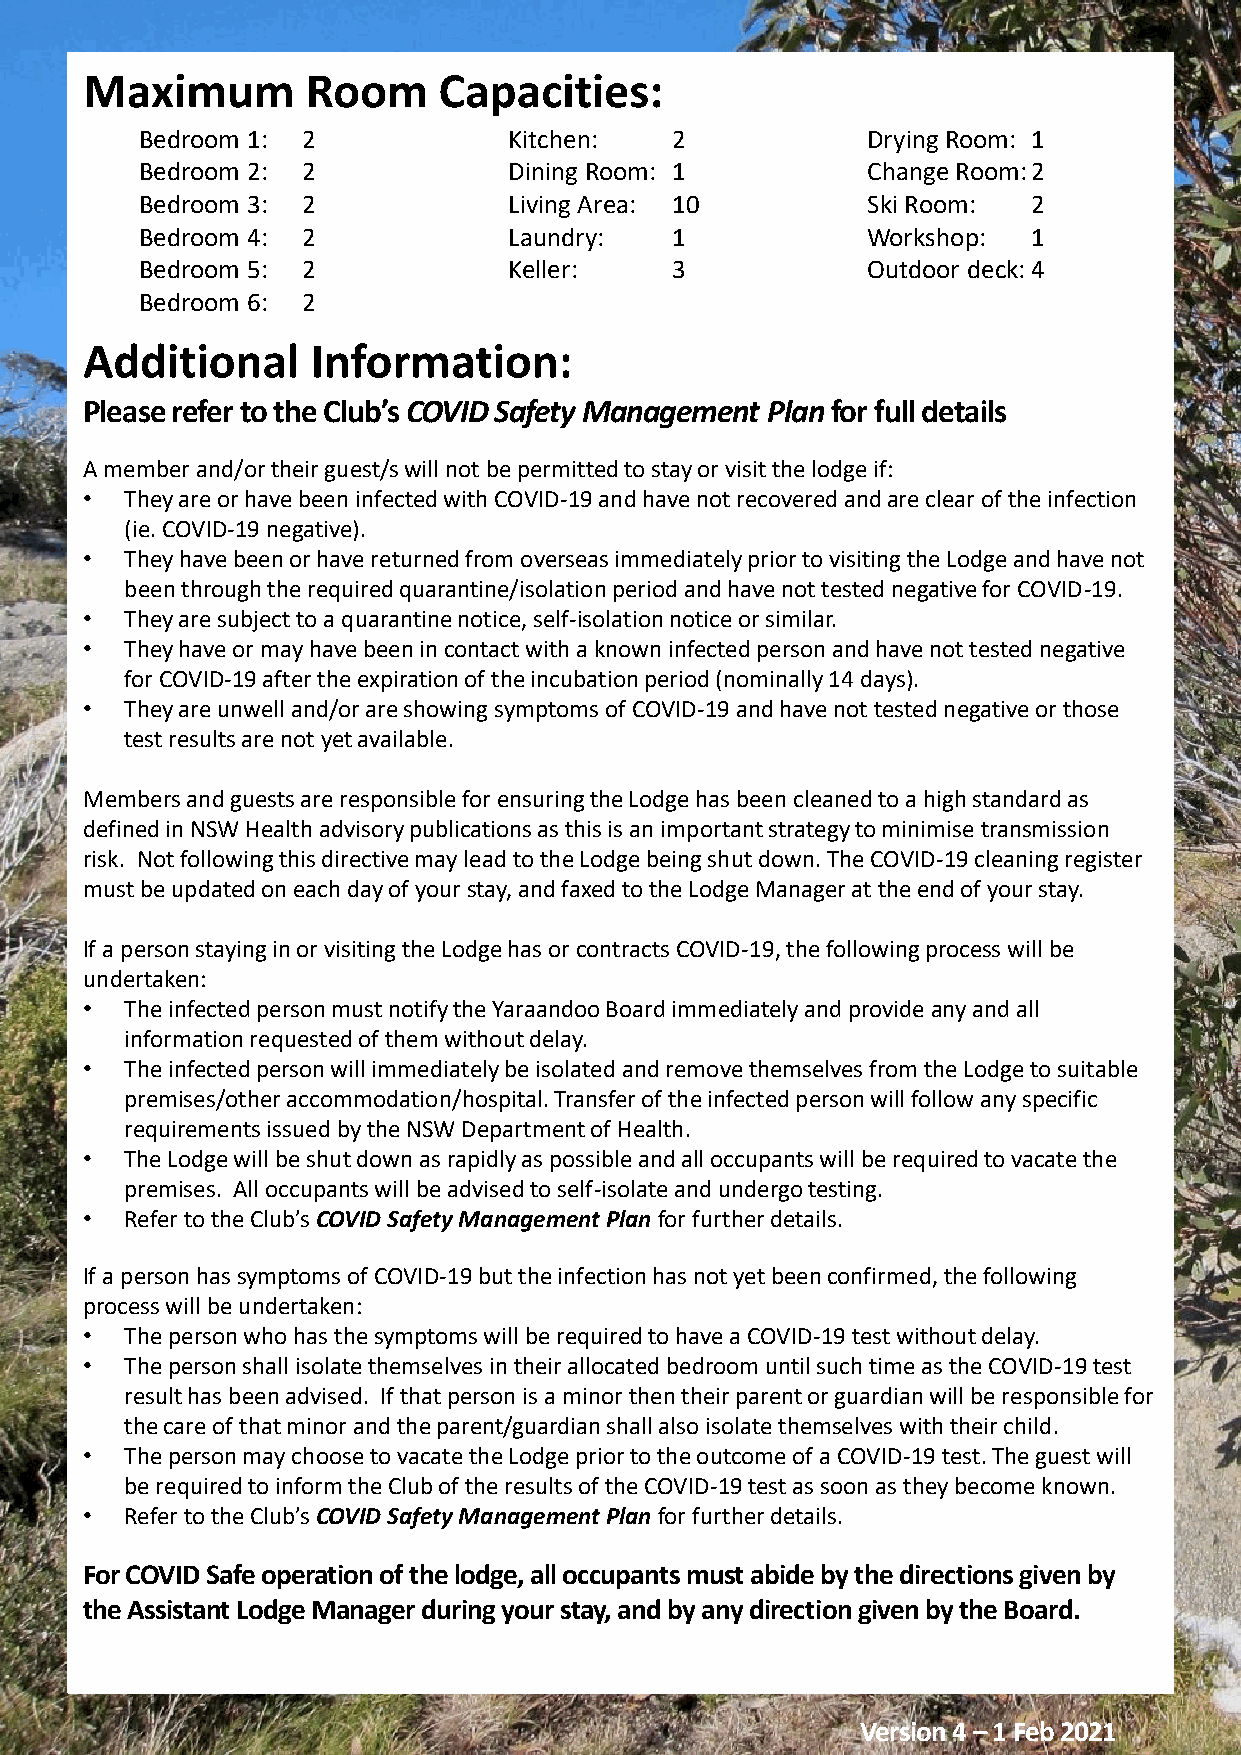
Maximum        Room     Capacities:
 Bedroom 1: 2             Kitchen:  2            Drying Room: 1
 Bedroom 2: 2             Dining Room: 1         Change Room:2
 Bedroom 3: 2             Living Area: 10        Ski Room:  2
 Bedroom 4: 2             Laundry:  1            Workshop:  1
 Bedroom 5: 2             Keller:   3            Outdoor deck:4
 Bedroom 6: 2
 Additional      Information:
 Please refer to the Club’s COVID Safety Management Planfor full details
 A member and/or their guest/s will not be permitted to stay or visit the lodge if:
 •  They are or have been infected with COVID-19 and have not recovered and are clear of the infection
 (ie. COVID-19 negative).
 •  They have been or have returned from overseas immediately prior to visiting the Lodge and have not
 been through the required quarantine/isolation period and have not tested negative for COVID-19.
 •  They are subject to a quarantine notice, self-isolation notice or similar.
 •  They have or may have been in contact with a known infected person and have not tested negative
 for COVID-19 after the expiration of the incubation period (nominally 14 days).
 •  They are unwell and/or are showing symptoms of COVID-19 and have not tested negative or those
 test results are not yet available.
 Members and guests are responsible for ensuring the Lodge has been cleaned to a high standard as
 defined in NSW Health advisory publications as this is an important strategy to minimise transmission
 risk. Not following this directive may lead to the Lodge being shut down. The COVID-19 cleaning register
 must be updated on each day of your stay, andfaxed to the Lodge Manager at the end of your stay.
 If a person staying in or visiting the Lodge has or contracts COVID-19, the following process will be
 undertaken:
 •  The infected person must notify the Yaraandoo Board immediately and provide any and all
 information requested of them without delay.
 •  The infected person will immediately be isolated and remove themselves from the Lodge to suitable
 premises/other accommodation/hospital. Transfer of the infected person will follow any specific
 requirements issued by the NSW Department of Health.
 •  The Lodge will be shut down as rapidly as possible and all occupants will be required to vacate the
 premises. All occupants will be advised to self-isolate and undergo testing.
 •  Refer to the Club’s COVID Safety Management Planfor further details.
 If a person has symptoms of COVID-19 but the infection has not yet been confirmed, the following
 process will be undertaken:
 •  The person who has the symptoms will be required to have a COVID-19 test without delay.
 •  The person shall isolate themselves in their allocated bedroom until such time as the COVID-19 test
 result has been advised. If that person is a minorthen their parent or guardian will be responsible for
 the care of that minor and the parent/guardian shall also isolate themselves with their child.
 •  The person may choose to vacate the Lodge prior to the outcome of a COVID-19 test. The guest will
 be required to inform the Club of the results of the COVID-19 test as soon as they become known.
 •  Refer to the Club’s COVID Safety Management Planfor further details.
 For COVID Safe operation of the lodge, all occupants must abide by the directions given by
 the Assistant Lodge Manager during your stay, and by any direction given by the Board.
 Version 4 –1 Feb 2021